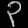
Digit: ၃